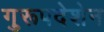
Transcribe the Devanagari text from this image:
गुरूपदेशेन